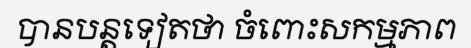
បានបន្តទៀតថា ចំពោះសកម្មភាព